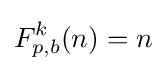
F_{p,b}^{k}(n)=n